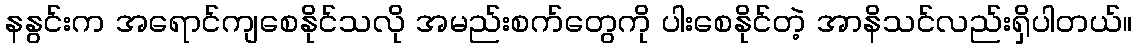
နနွင်းက အရောင်ကျစေနိုင်သလို အမည်းစက်တွေကို ပါးစေနိုင်တဲ့ အာနိသင်လည်းရှိပါတယ်။